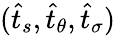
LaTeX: (\widehat{t}_{s},\widehat{t}_{\theta},\widehat{t}_{\sigma})